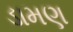
ડામણ